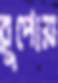
রুপোয়